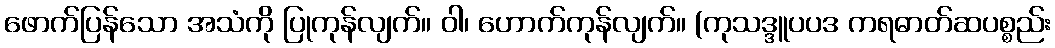
ဖောက်ပြန်သော အသံကို ပြုကုန်လျက်။ ဝါ၊ ဟောက်ကုန်လျက်။ (ကုသဒ္ဒူပပဒ ကရဓာတ်ဆပစ္စည်း